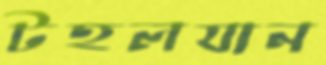
টহলযান